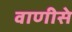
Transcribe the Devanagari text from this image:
वाणीसे